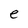
Character: e